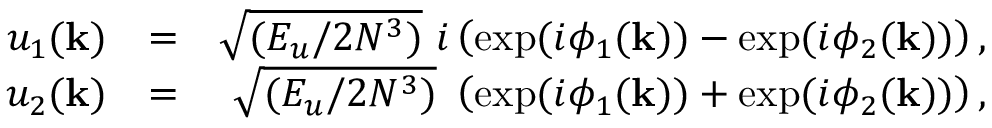
\begin{array} { r l r } { u _ { 1 } ( \mathbf { k } ) } & { = } & { \sqrt { ( E _ { u } / 2 N ^ { 3 } ) } \ i \left( \exp ( i \phi _ { 1 } ( \mathbf { k } ) ) - \exp ( i \phi _ { 2 } ( \mathbf { k } ) ) \right) , } \\ { u _ { 2 } ( \mathbf { k } ) } & { = } & { \sqrt { ( E _ { u } / 2 N ^ { 3 } ) } \ \left( \exp ( i \phi _ { 1 } ( \mathbf { k } ) ) + \exp ( i \phi _ { 2 } ( \mathbf { k } ) ) \right) , } \end{array}